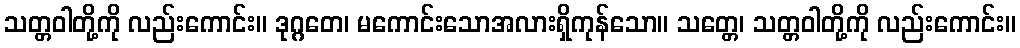
သတ္တဝါတို့ကို လည်းကောင်း။ ဒုဂ္ဂတေ၊ မကောင်းသောအလားရှိကုန်သော။ သတ္တေ၊ သတ္တဝါတို့ကို လည်းကောင်း။